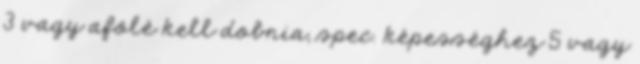
3 vagy afölé kell dobnia, spec. képességhez 5 vagy